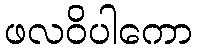
ဖလဝိပါကော